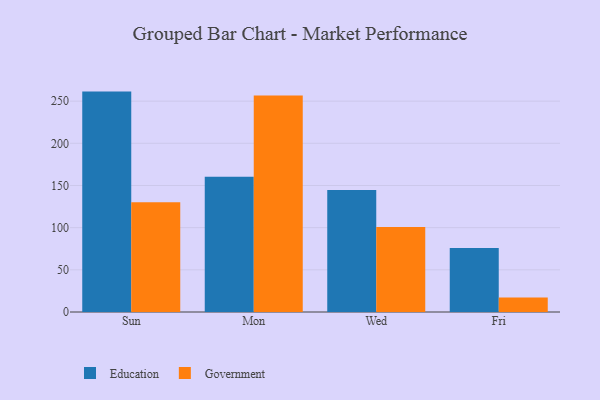
{"axis": {"x": "Day", "y": "Demand Index"}, "legend": ["Education", "Government"], "data": [{"x": "Sun", "y": 261.3, "type": "Education"}, {"x": "Sun", "y": 130.2, "type": "Government"}, {"x": "Mon", "y": 160.4, "type": "Education"}, {"x": "Mon", "y": 256.8, "type": "Government"}, {"x": "Wed", "y": 144.7, "type": "Education"}, {"x": "Wed", "y": 100.8, "type": "Government"}, {"x": "Fri", "y": 76.0, "type": "Education"}, {"x": "Fri", "y": 17.2, "type": "Government"}]}